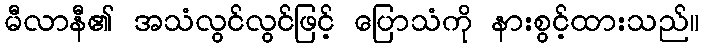
မီလာနီ၏ အသံလွင်လွင်ဖြင့် ပြောသံကို နားစွင့်ထားသည်။